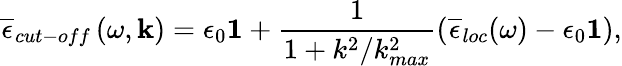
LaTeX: \overline{{\epsilon}}_{cut-off}\left(\omega,\mathbf{k}\right)=\epsilon_{0}\mathbf{1}+\frac{1}{1+k^{2}/k_{max}^{2}}\left(\overline{{\epsilon}}_{loc}(\omega)-\epsilon_{0}\mathbf{1}\right),